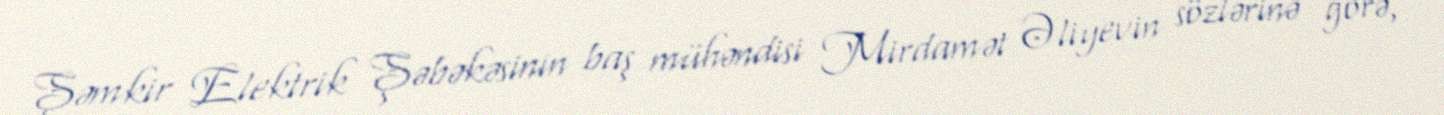
Şəmkir Elektrik Şəbəkəsinin baş mühəndisi Mirdamət Əliyevin sözlərinə görə,